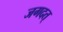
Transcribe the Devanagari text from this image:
जगदत्